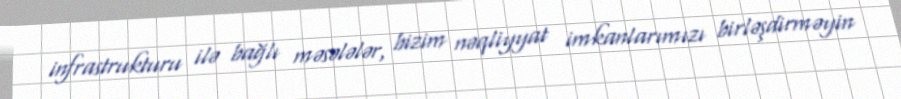
infrastrukturu ilə bağlı məsələlər, bizim nəqliyyat imkanlarımızı birləşdirməyin